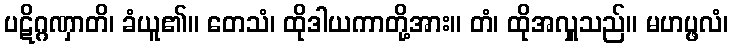
ပဋိဂ္ဂဏှာတိ၊ ခံယူ၏။ တေသံ၊ ထိုဒါယကာတို့အား။ တံ၊ ထိုအလှူသည်။ မဟပ္ဖလံ၊